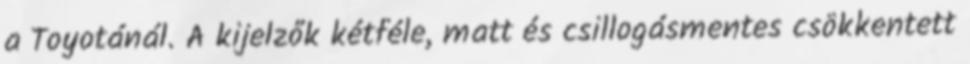
a Toyotánál. A kijelzők kétféle, matt és csillogásmentes csökkentett